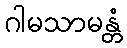
ဂါမသာမန္တံ